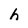
Character: h